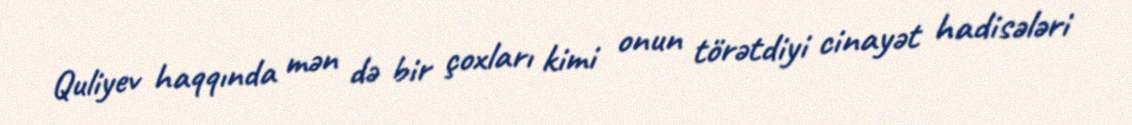
Quliyev haqqında mən də bir çoxları kimi onun törətdiyi cinayət hadisələri